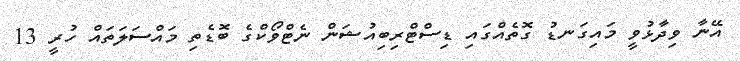
އޭނާ ވިދާޅުވީ މައިގަނޑު ގޮތެއްގައި ޑިސްޓްރިބިއުޝަން ނެޓްވޯކްގެ ބޮޑެތި މައްސަލަތައް ހުރީ 13